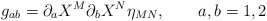
\begin{align*}g_{ab} = \partial_{a}X^{M}\partial_{b}X^{N}\eta_{MN},\qquad a,b=1,2\end{align*}